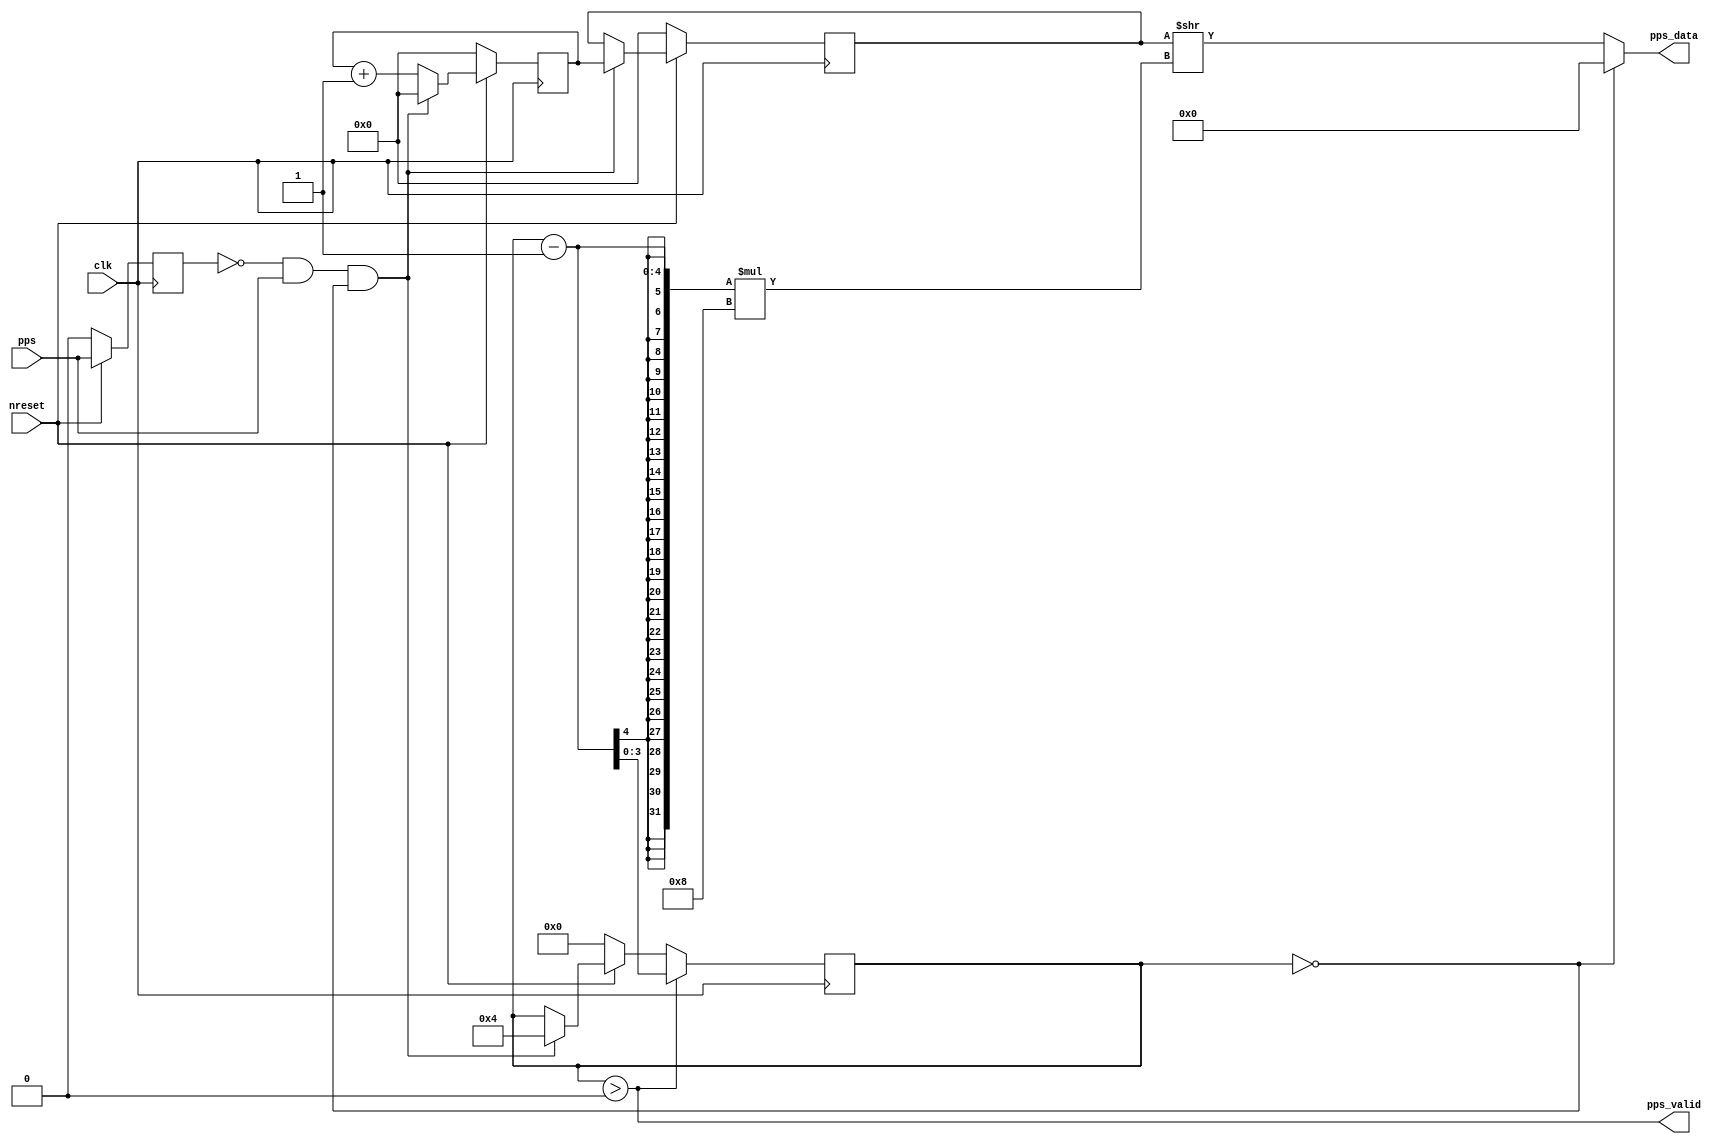

module ppsin (
		input wire nreset,
		input wire clk,

		input wire pps,

		output wire[7:0] pps_data,
		output wire pps_valid
	);

	reg[32:0] counter = 0;
	reg prevpps = 0;

	reg[32:0] data = 0;
	reg[3:0] outcnt = 0;

	assign pps_data = outcnt == 0 ? 8'h00 : (data >> ((outcnt - 1) * 8));
	assign pps_valid = outcnt > 0;

	always @(posedge clk) begin
		if (!nreset) begin
			counter <= 0;
			prevpps <= 0;
			data <= 0;
			outcnt <= 0;
		end else begin
			prevpps <= pps;
			// outcnt should be 0 during normal operation, but just to be
			// sure...
			if (!prevpps && pps && outcnt == 0) begin
				data <= counter;
				outcnt <= 4;
				counter <= 0;
			end else begin
				counter <= counter + 1;
			end
		end
		if (outcnt > 0) begin
			outcnt <= outcnt - 1;
		end
	end

endmodule